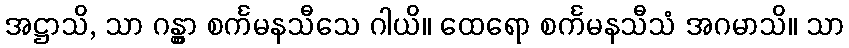
အဋ္ဌာသိ, သာ ဂန္တွာ စင်္ကမနသီသေ ဂါယိ။ ထေရော စင်္ကမနသီသံ အဂမာသိ။ သာ